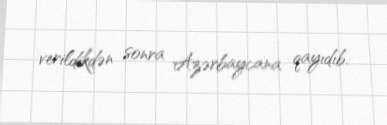
verildikdən sonra Azərbaycana qayıdıb.